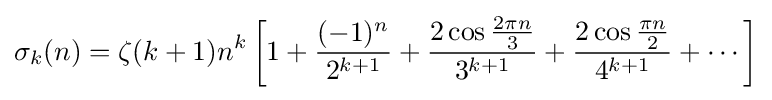
\sigma _{k}(n)=\zeta (k+1)n^{k}\left[1+{\frac {(-1)^{n}}{2^{k+1}}}+{\frac {2\cos {\frac {2\pi n}{3}}}{3^{k+1}}}+{\frac {2\cos {\frac {\pi n}{2}}}{4^{k+1}}}+\cdots \right]